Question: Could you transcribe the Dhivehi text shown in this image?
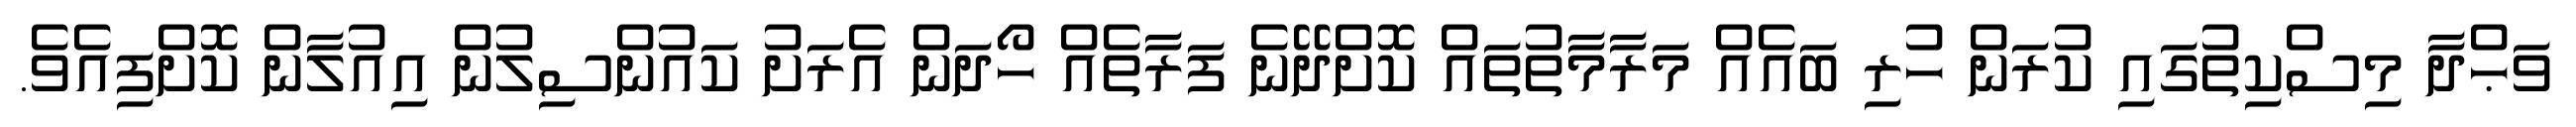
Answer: ވަޙްދާ މިސްކިތުގައި ކުރަން ހުރި ބައެއް މަރާމާތުތައް ކޮށްދޭނެ ފަރާތެއް ހޯދަން އެރަށު ކައުންސިލުން އިއުލާން ކޮށްފިއެވެ.